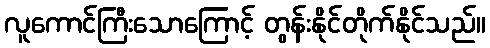
လူကောင်ကြီးသောကြောင့် တွန်းနိုင်တိုက်နိုင်သည်။